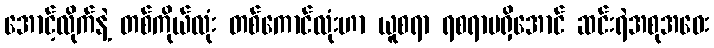
အောင့်လိုက်နဲ့ တစ်ကိုယ်လုံး တစ်ကောင်လုံးဟာ ယူစရာ ရစရာမရှိအောင် ဆင်းရဲအစုအဝေး